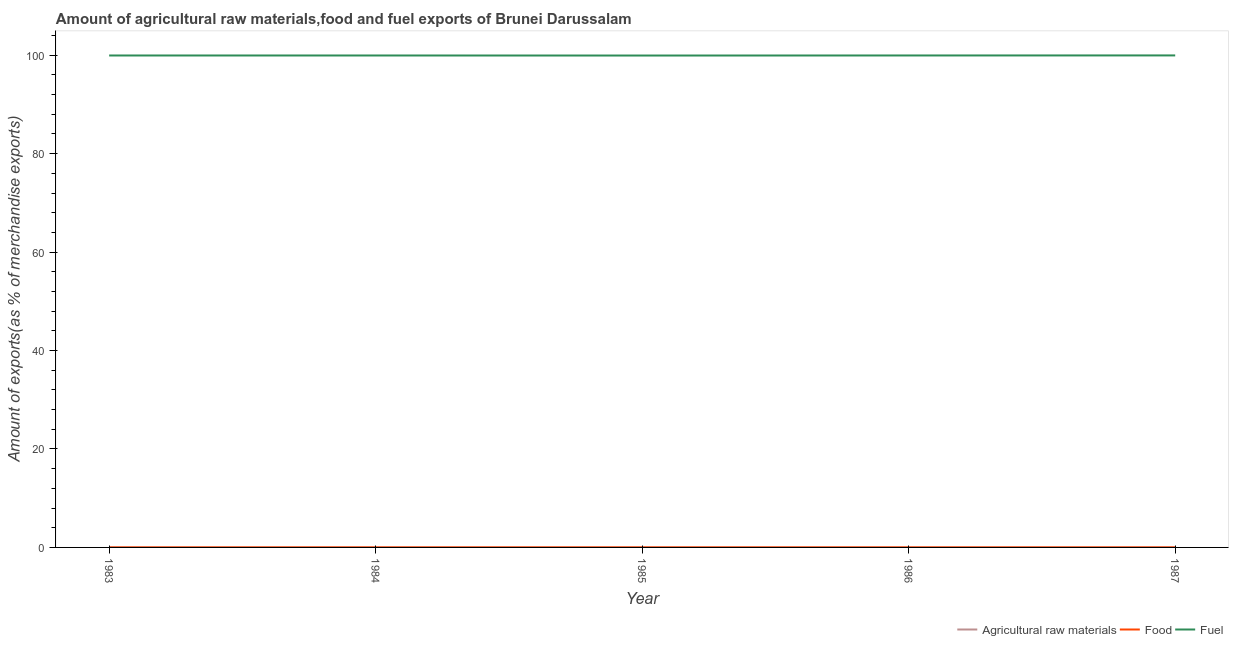
| Year | Agricultural raw materials | Food | Fuel |
 | --- | --- | --- | --- |
 | 1983 | 0.00382 | 0.00519 | 99.9 |
 | 1984 | 0.000852 | 0.00666 | 99.9 |
 | 1985 | 0.00108 | 0.00632 | 99.9 |
 | 1986 | 0.000984 | 0.00605 | 99.9 |
 | 1987 | 0.00671 | 0.00357 | 100 |